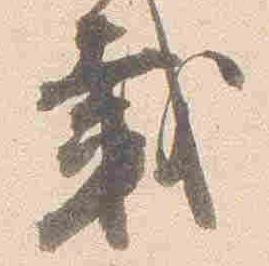
載